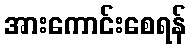
အားကောင်းစေရန်